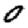
Digit: 0